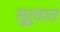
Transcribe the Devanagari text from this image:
सु्रुवात